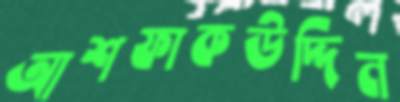
আশফাকউদ্দিন